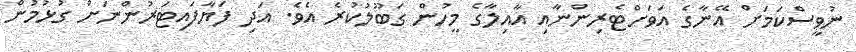
ނުވީސްކަމަށް އޭނާގެ އަވަށްޓެރިންނާއި އާއިލާގެ މީހުން ގަބޫލުކުރެ އެވެ. އަދި ފަޔާފައިޓަރުންނަށް ގުޅުމުން